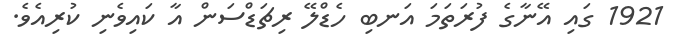
1921 ގައި އޭނާގެ ފުރަތަމަ އަނބި ހެޑްލޭ ރިޗަޑްސަން އާ ކައިވެނި ކުރިއެވެ.